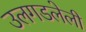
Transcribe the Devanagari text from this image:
उलगडलेली